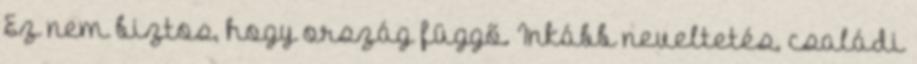
Ez nem biztos, hogy ország függő. Inkább neveltetés, családi